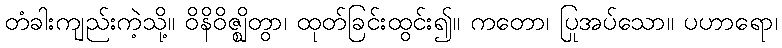
တံခါးကျည်းကဲ့သို့။ ဝိနိဝိဇ္ဈိတွာ၊ ထုတ်ခြင်းထွင်း၍။ ကတော၊ ပြုအပ်သော။ ပဟာရော၊